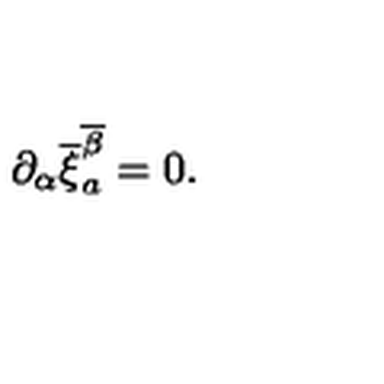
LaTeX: \partial _ { \alpha } \overline { { \xi } } _ { a } ^ { \overline { { \beta } } } = 0 .